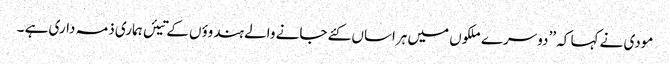
مودی نے کہا کہ ’’دوسرے ملکوں میں ہراساں کئے جانے والے ہندوؤں کے تیئں ہماری ذمہ داری ہے ۔